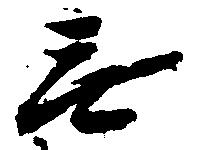
無